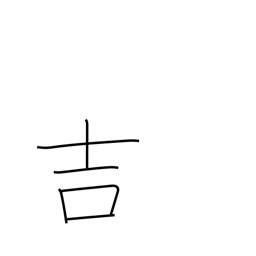
Meaning: good luck